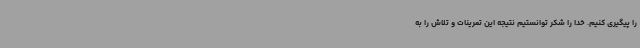
را پیگیری کنیم. خدا را شکر توانستیم نتیجه این تمرینات و تلاش را به